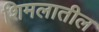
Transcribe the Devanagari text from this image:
शिमलातील